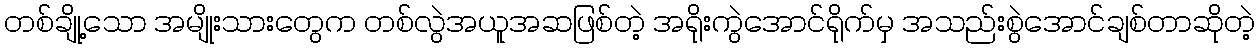
တစ်ချို့သော အမျိုးသားတွေက တစ်လွဲအယူအဆဖြစ်တဲ့ အရိုးကွဲအောင်ရိုက်မှ အသည်းစွဲအောင်ချစ်တာဆိုတဲ့